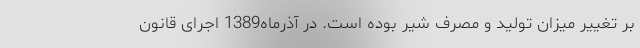
بر تغییر میزان تولید و مصرف شیر بوده است. در آذر‌ماه1389 اجرای قانون